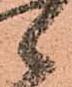
々